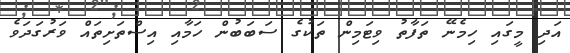
އަދި މީގައި ހިމެނޭ ތަފާތު ވިޓަމިން ތަކުގެ ސަބަބުން ހަމާއި އިސްތަށިތައް ވަރުގަދަވެ